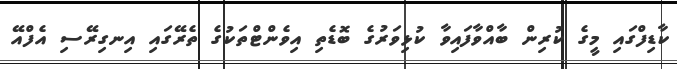
ކާޑިފްގައި މީގެ ކުރިން ބާއްވާފައިވާ ކުޅިވަރުގެ ބޮޑެތި އިވެންޓްތަކުގެ ތެރޭގައި އިނގިރޭސި އެފްއޭ